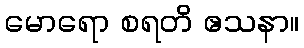
မောရော စရတိ ဧသနာ။